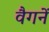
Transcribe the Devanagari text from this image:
वैगनें